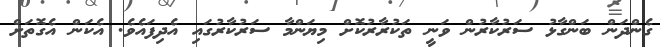
ގެންދަަން ބަންގާޅު ސަރުކާރުން ވަނީ ތަކުރާރުކޮށް މިޔަންމާ ސަރުކާރުގައި އެދިފައެވެ. އެކަން އެގޮތަށް